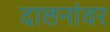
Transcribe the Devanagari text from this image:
दालनांवर